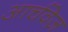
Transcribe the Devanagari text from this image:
आर्चवेज़